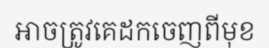
អាចត្រូវគេដកចេញពីមុខ